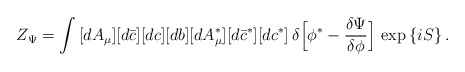
\begin{align*}Z_\Psi=\int\,[dA_\mu][d\bar c][dc][db][dA^\ast_\mu][d\bar c^\ast][dc^\ast]\,\delta\Bigl[\phi^\ast-\frac{\delta\Psi}{\delta\phi}\Bigr]\,\exp\,\{iS\}\,.\end{align*}